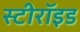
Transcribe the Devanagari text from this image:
स्टीरॉइड